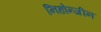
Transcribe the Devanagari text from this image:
निहोन्जीन